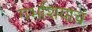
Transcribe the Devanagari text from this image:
गर्भाशयाचं